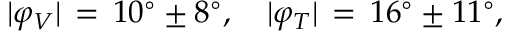
\vert \varphi _ { V } \vert \, = \, 1 0 ^ { \circ } \pm 8 ^ { \circ } , ~ ~ ~ \vert \varphi _ { T } \vert \, = \, 1 6 ^ { \circ } \pm 1 1 ^ { \circ } ,